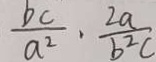
\frac { b c } { a ^ { 2 } } \cdot \frac { 2 a } { b ^ { 2 } c }